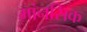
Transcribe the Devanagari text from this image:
मांनसिक